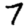
Digit: 7